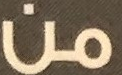
من